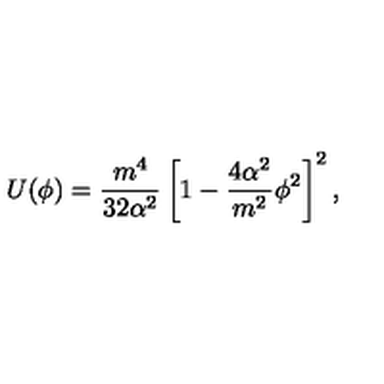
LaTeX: U ( \phi ) = \frac { m ^ { 4 } } { 3 2 \alpha ^ { 2 } } \left[ 1 - \frac { 4 \alpha ^ { 2 } } { m ^ { 2 } } \phi ^ { 2 } \right] ^ { 2 } ,